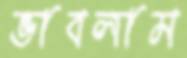
ভাবলাম